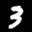
Label: 3